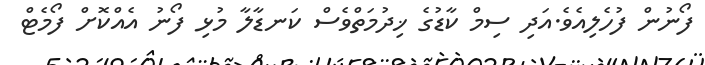
ފޯނުން ފުހެލިއެވެ.އަދި ސިމް ކާޑުގެ ޚިދުމަތްވެސް ކަނޑާލާ މުޅި ފޯނު އެއްކޮށް ފޯމެޓް